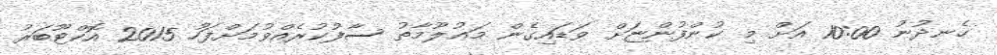
ހެނދުނު 10:00 އަށް މި ކުންފުންޏަށް ވަޑައިގެން މަޢުލޫމާތު ސާފުކުރެއްވުމަށްފަހު 2015 އޮކްޓޫބަރު